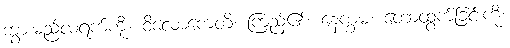
ဘွားမည်လရက်ကို။ ဝိလောကေတိ၊ ကြည့်၏။ နေက္ခမံ၊ တောထွက်ခြင်းကို။